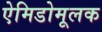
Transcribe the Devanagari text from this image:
ऐमिडोमूलक